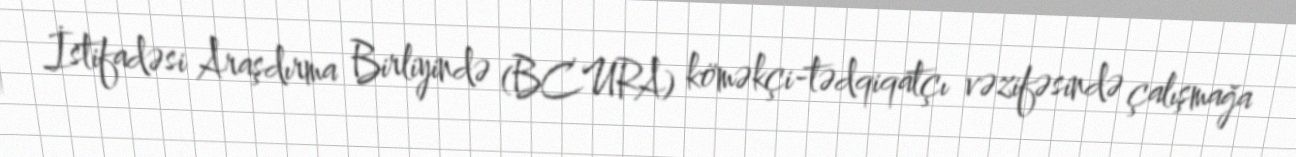
İstifadəsi Araşdırma Birliyində (BCURA) köməkçi-tədqiqatçı vəzifəsində çalışmağa